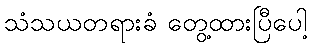
သံသယတရားခံ တွေ့ထားပြီပေါ့